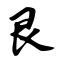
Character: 艮